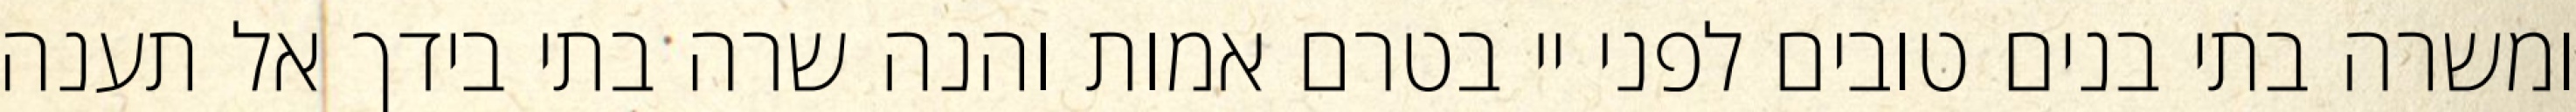
ומשרה בתי בנים טובים לפני יי בטרם אמות והנה שרה בתי בידך אל תענה